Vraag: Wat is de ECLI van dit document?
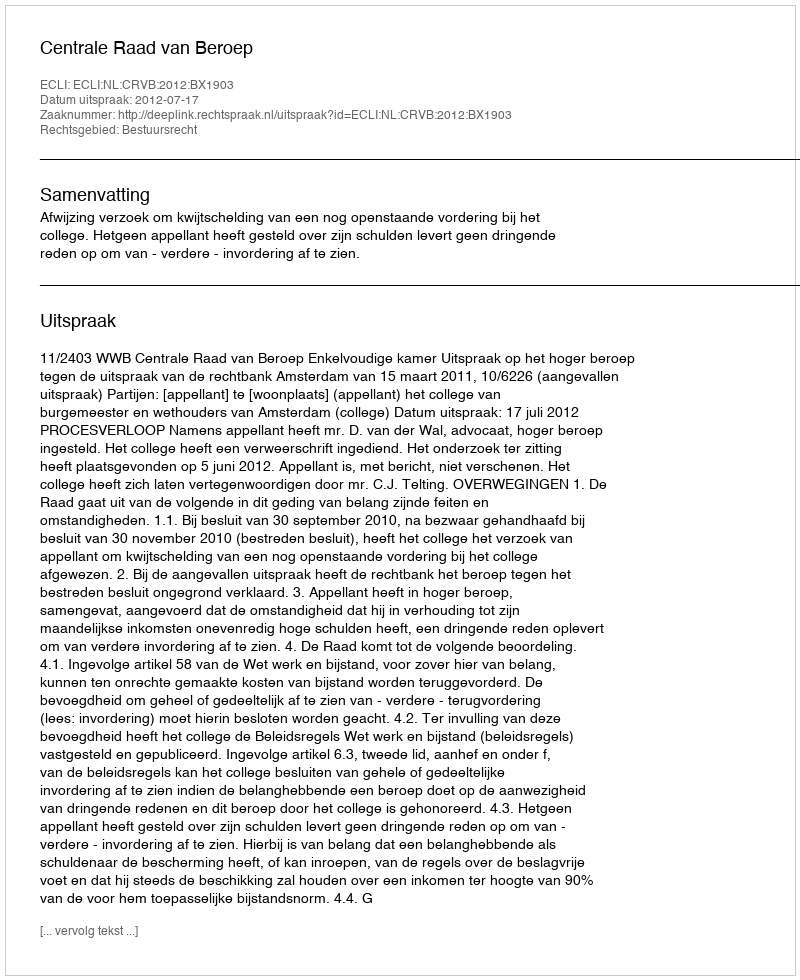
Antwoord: ECLI:NL:CRVB:2012:BX1903